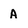
Character: A